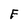
Character: F